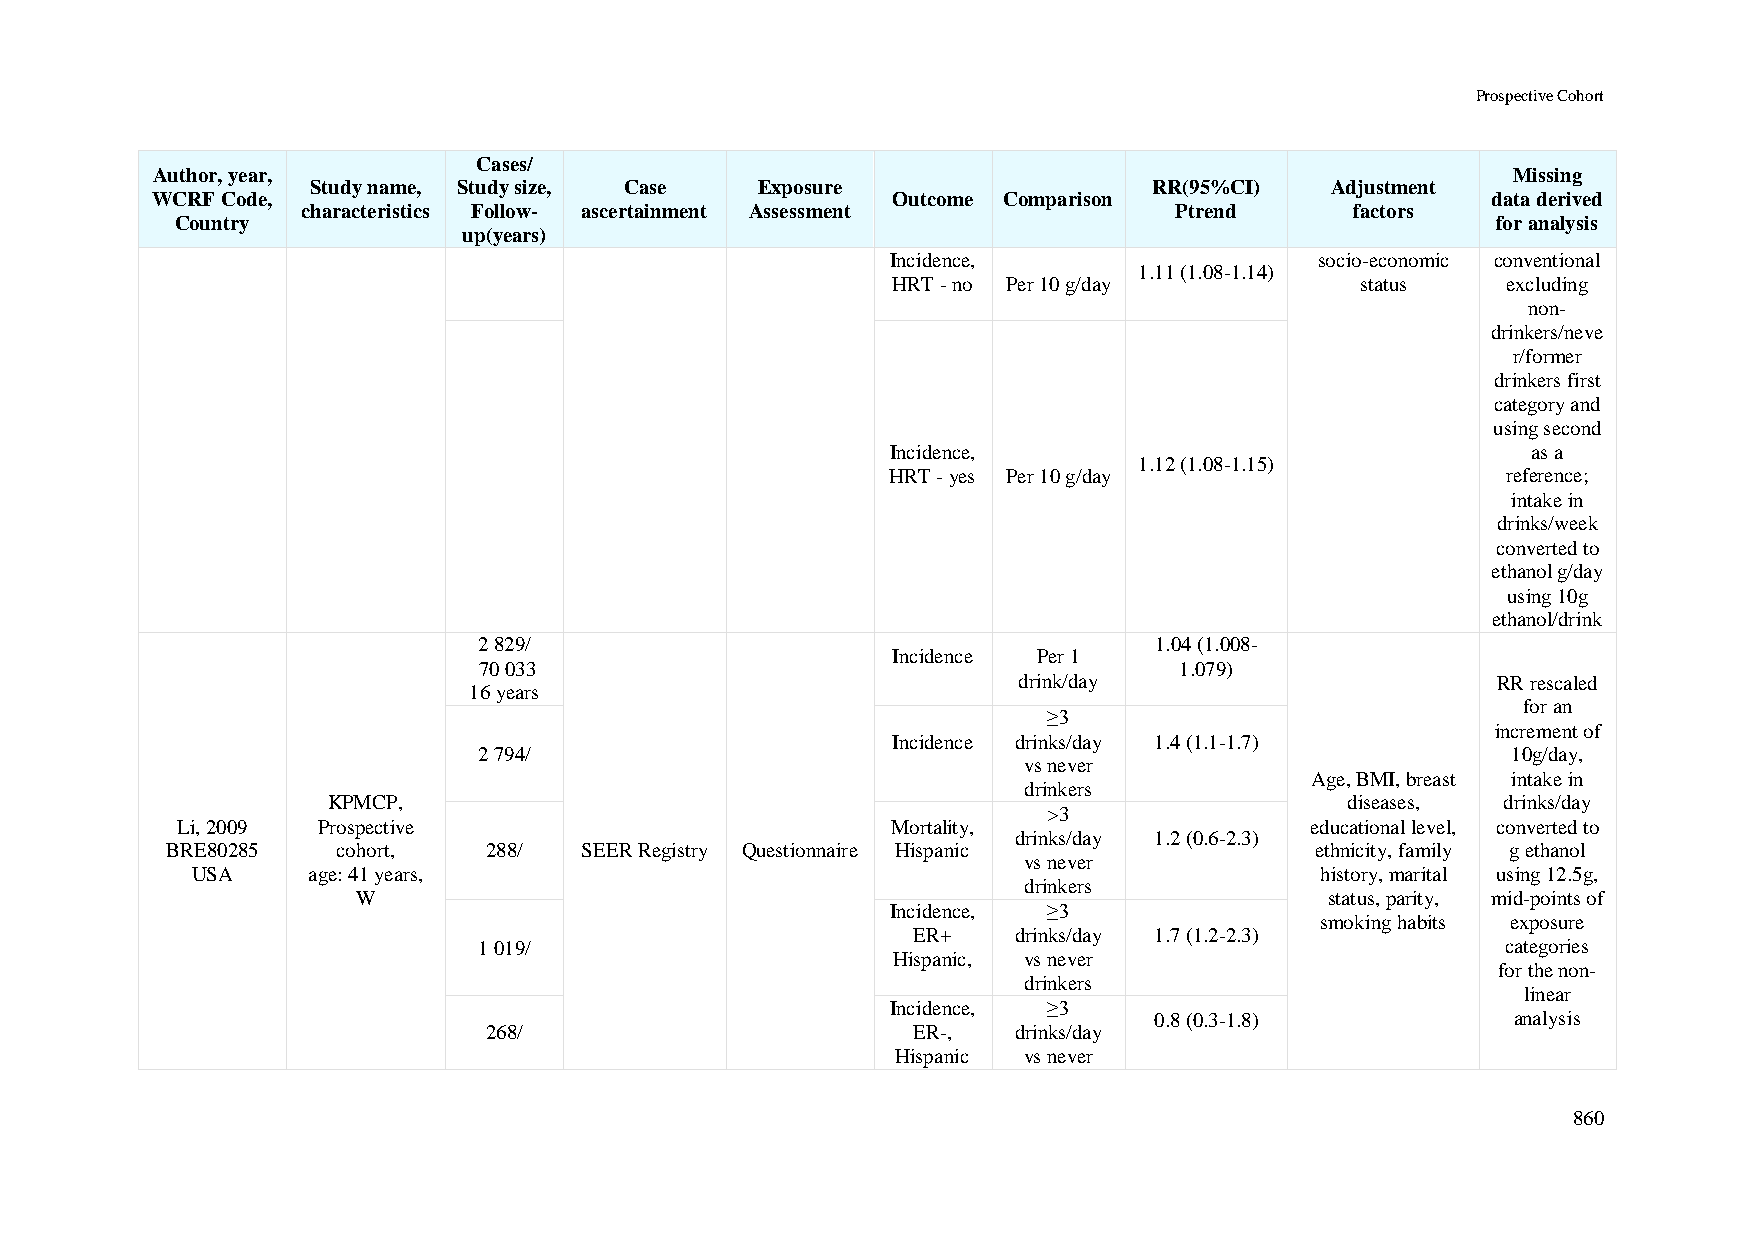
Prospective Cohort
 Cases/
 Author, year,                                                                             Missing
 Study name, Study size, Case Exposure                  RR(95%CI)   Adjustment
 WCRF Code,                                       Outcome Comparison                      data derived
 characteristics Follow- ascertainment Assessment          Ptrend      factors
 Country                                                                                for analysis
 up(years)
 Incidence,                  socio-economic conventional
 1.11 (1.08-1.14)
 HRT - no Per 10 g/day          status    excluding
 non-
 drinkers/neve
 r/former
 drinkers first
 category and
 using second
 Incidence,                                as a
 1.12 (1.08-1.15)
 HRT - yes Per 10 g/day                   reference;
 intake in
 drinks/week
 converted to
 ethanol g/day
 using 10g
 ethanol/drink
 2 829/                                      1.04 (1.008-
 Incidence Per 1
 70 033                                        1.079)
 drink/day                       RR rescaled
 16 years
 for an
 ≥3
 increment of
 Incidence drinks/day 1.4 (1.1-1.7)
 2 794/                                                              10g/day,
 vs never
 Age, BMI, breast intake in
 drinkers
 KPMCP,                                                             diseases,  drinks/day
 >3
 Li, 2009 Prospective                           Mortality,                  educational level, converted to
 drinks/day 1.2 (0.6-2.3)
 BRE80285   cohort,   288/  SEER Registry Questionnaire Hispanic             ethnicity, family g ethanol
 vs never
 USA    age: 41 years,                                                     history, marital using 12.5g,
 drinkers
 W                                                               status, parity, mid-points of
 Incidence, ≥3
 smoking habits exposure
 ER+    drinks/day 1.7 (1.2-2.3)
 1 019/                                                              categories
 Hispanic, vs never
 for the non-
 drinkers
 linear
 Incidence, ≥3
 0.8 (0.3-1.8)           analysis
 268/                        ER-,   drinks/day
 Hispanic vs never
 860